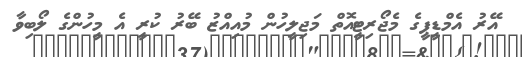
އޭރު އެމްޑީޕީގެ މެޖޯރިޓީއޮތް މަޖިލީހުން މުއިއްޒު ބޭރު ކުރީ އެ މީހުންގެ ލޯބިވާ